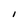
Character: I